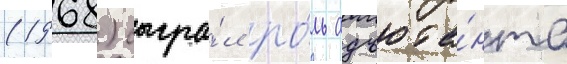
(1968) сыгра́л ро́ль адъюта́нта